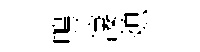
鴨淒熄